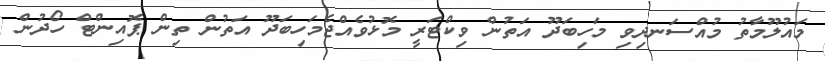
މައުލޫމާތު މުއްސަނދިވި މަހިބަދޫ އަތުން ވިކްޓަރީ މޮޅުވެއްޖެމަހިބަދޫ އަތުން ތިން ޕޮއިންޓް ހޯދުން